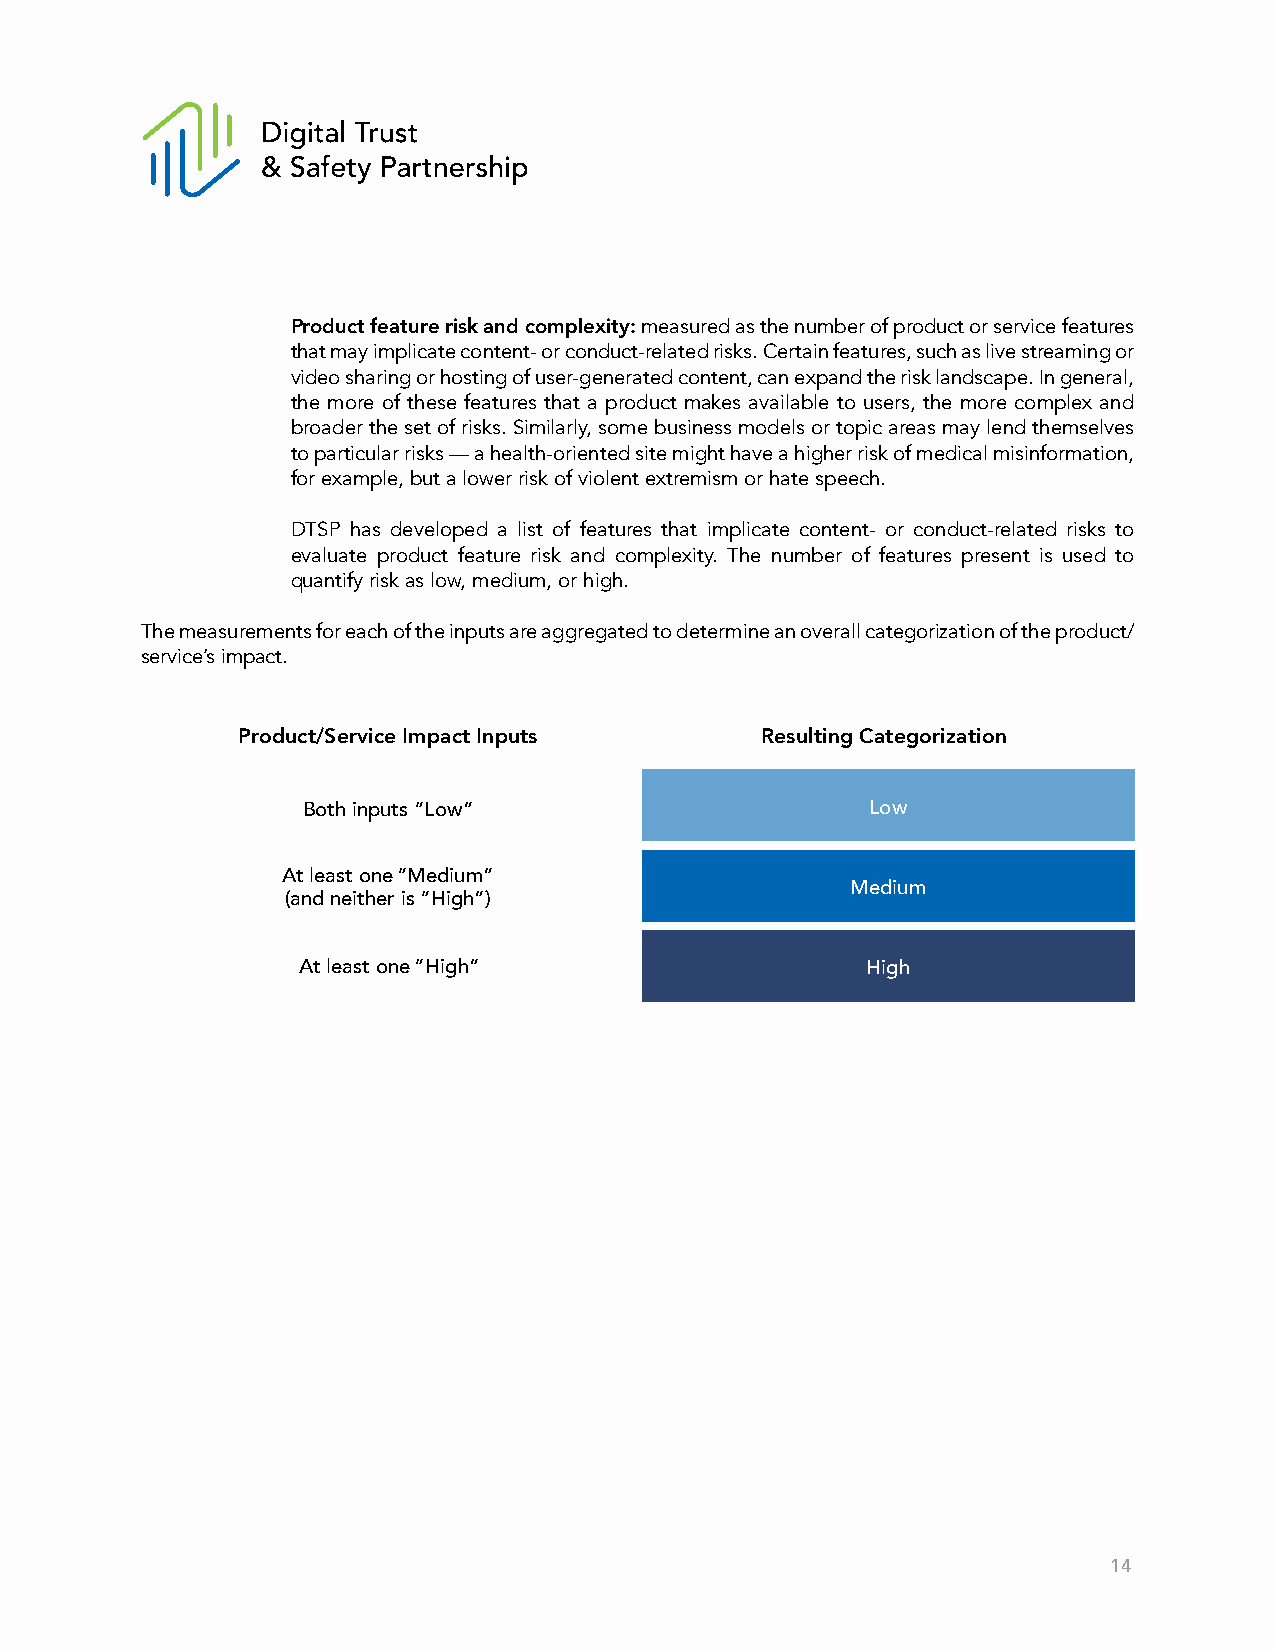
Product feature risk and complexity: measured as the number of product or service features
 that may implicate content- or conduct-related risks. Certain features, such as live streaming or
 video sharing or hosting of user-generated content, can expand the risk landscape. In general,
 the more of these features that a product makes available to users, the more complex and
 broader the set of risks. Similarly, some business models or topic areas may lend themselves
 to particular risks — a health-oriented site might have a higher risk of medical misinformation,
 for example, but a lower risk of violent extremism or hate speech.
 DTSP has developed a list of features that implicate content- or conduct-related risks to
 evaluate product feature risk and complexity. The number of features present is used to
 quantify risk as low, medium, or high.
 The measurements for each of the inputs are aggregated to determine an overall categorization of the product/
 service’s impact.
 Product/Service Impact Inputs     Resulting Categorization
 Both inputs “Low”                     Low
 At least one “Medium”
 Medium
 (and neither is “High”)
 At least one “High”                  High
 14